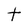
Character: t